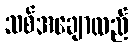
သစ်အချောထည်